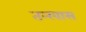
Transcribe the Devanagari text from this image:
तन्खास